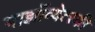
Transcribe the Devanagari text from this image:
माझॉव्येत्स्की